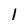
Character: l